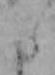
た